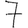
Digit: 7